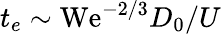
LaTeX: t_{e}\sim\mathrm{We}^{-2/3}D_{0}/U